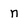
Character: n